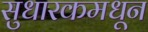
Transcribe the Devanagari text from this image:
सुधारकमधून